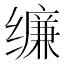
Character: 𰬾